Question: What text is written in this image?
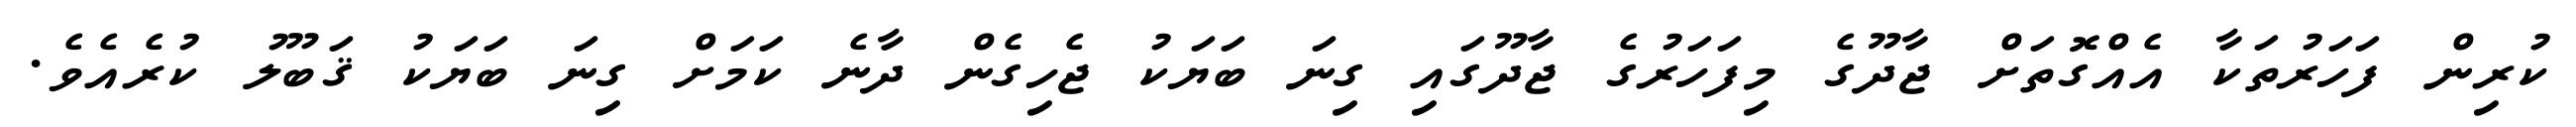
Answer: ކުރިން ފަހަރުތަކާ އެއްގޮތަށް ޖާދޫގެ މިފަހަރުގެ ޖާދޫގައި ގިނަ ބަޔަކު ޖެހިގެން ދާނެ ކަމަށް ގިނަ ބަޔަކު ޤަބޫލު ކުރެއެވެ.